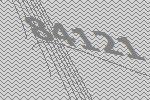
84121